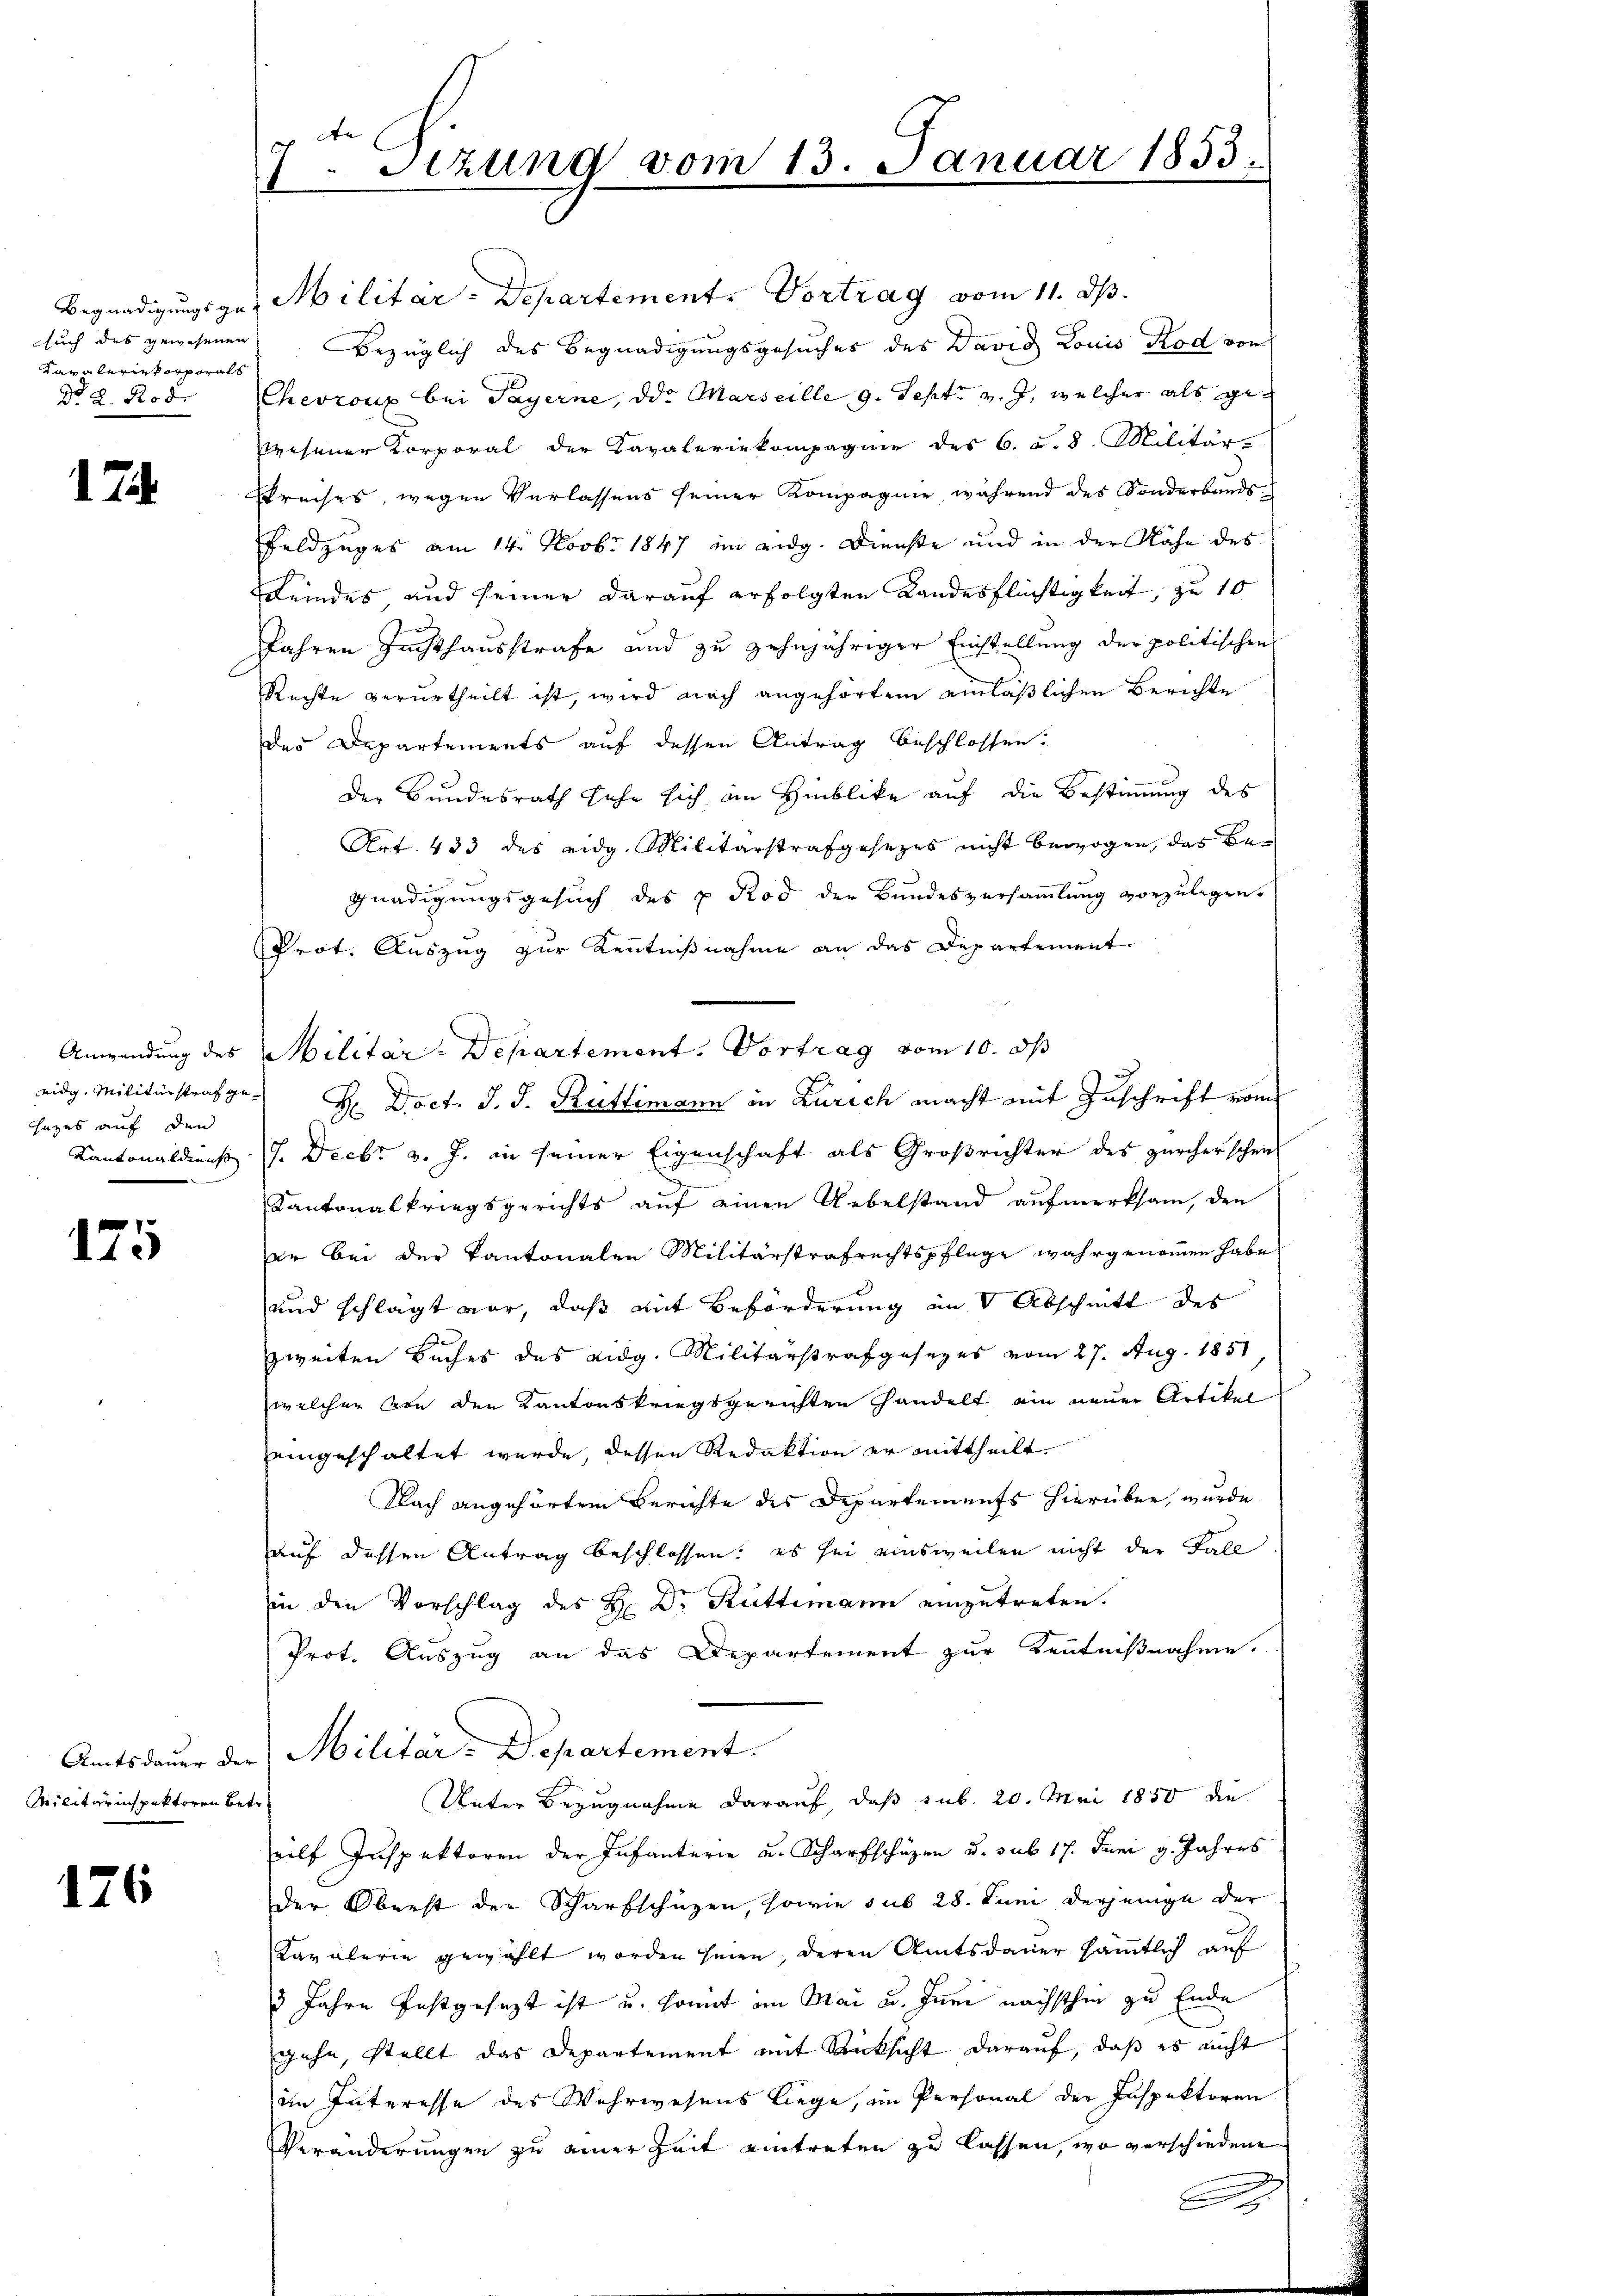
Kanaleriekorporals
Dr 2. Robe

17

eidg. Militärstraf gehezes auf den
Kantonaldienst

125

Militärinspektoren Betr.

126

7. Sizung vom 13. Januar 1853.

Begnadigungsges. Militär-Departement. Vortrag vom 11. d.
such des gewesenen Bezüglich des Begnadigungsgesuches des David Louis Rod von
Chevroup bei Payerne, od. Marseille 9. Sept. v. J. welcher als gewesener Korporat der Kavaleriekompagnie des 6. d. 8. Militär
Preises, wegen Verlassens seiner Kompagnie, während des Sonderbands
Feldzuges am 14. Novbr 1847 im eidg. Dienste und in der Nähe des
Feindes und seiner darauf erfolgten Landesflüchtigkeit, zu 10
Jahren Zuchthausstrafe und zu zehnjähriger Einstellung der politischen
Rechte verurtheilt ist, wird nach angehörtem einläßlichen Berichte
des Departements auf dessen Antrag beschlossen.
Der Bundesrath sehe sich im Hinblicke auf die Bestimmung des
Art. 433 des eidg. Militärstrafgesezes nicht bewogen, das Begnadigungsgesuch des u. Rod der Bundesversammlung vorzŭlegen.
Prot. Auszug zur Kenntnißnahme an das Departement.
Anwendung des Militär-Departement. Vortrag vom 10. dh
H. Doct. J. J. Rüttimann in Zürich macht mit Zuschrift vom
J. Decbr v. J. in seiner Eigenschaft als Großrichter des zürcherschein
Kantonalkriegsgerichts auf einen Uebelstand aufmerksam, den
er bei der Kantonalen Militärstrafrechtspflege wahrgenommen habe
und schlägt vor, daß mit Beförderung im 8 Abschnitt des
zweiten Buches des eidg. Militärstrafgesezes vom 27. Aug. 1851
welcher von den Kantonskriegsgerichten handelt ein neuer Artikel
eingeschaltet werde, dessen Redaktion er mittheilt
Nach angehörtem Berichte des Departements hierüber, wurde
auf dessen Antrag beschlossen: es sei einsweilen nicht der Fall
in den Vorschlag des H. Dr. Rüttimann einzutreten.
Prot. Auszug an das Departement zur Kenntnißnahme.
Amtsdauer der Militär-Departement.
Unter Bezugnahme darauf, daß sub. 20. Mai 1850 die
eilf Inspektoren der Infanterie u. Scharfschüzen u. sub 17. Juni g. Jahres
der Oberst der Scharfschüzen, sowie sub 28. Juni derjenige der
Kavalerie gewählt worden seien, deren Amtsdauer sämmtlich auf
3 Jahre festgesezt ist u. somit im Mai u. Inne nächsthin zu Ende
gehe, stellt das Departement mit Rücksicht darauf, daß es nicht
im Interesse des Wehrwesens liege, im Personal der Inspektoren
Veränderungen zu einer Zeit eintreten zu lassen, wo verschiedene